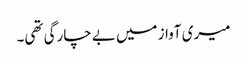
میری آواز میں بے چارگی تھی۔